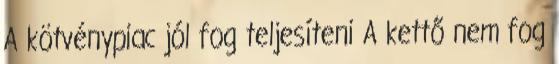
A kötvénypiac jól fog teljesíteni A kettő nem fog